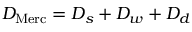
D _ { \mathrm { M e r c } } = D _ { s } + D _ { w } + D _ { d }